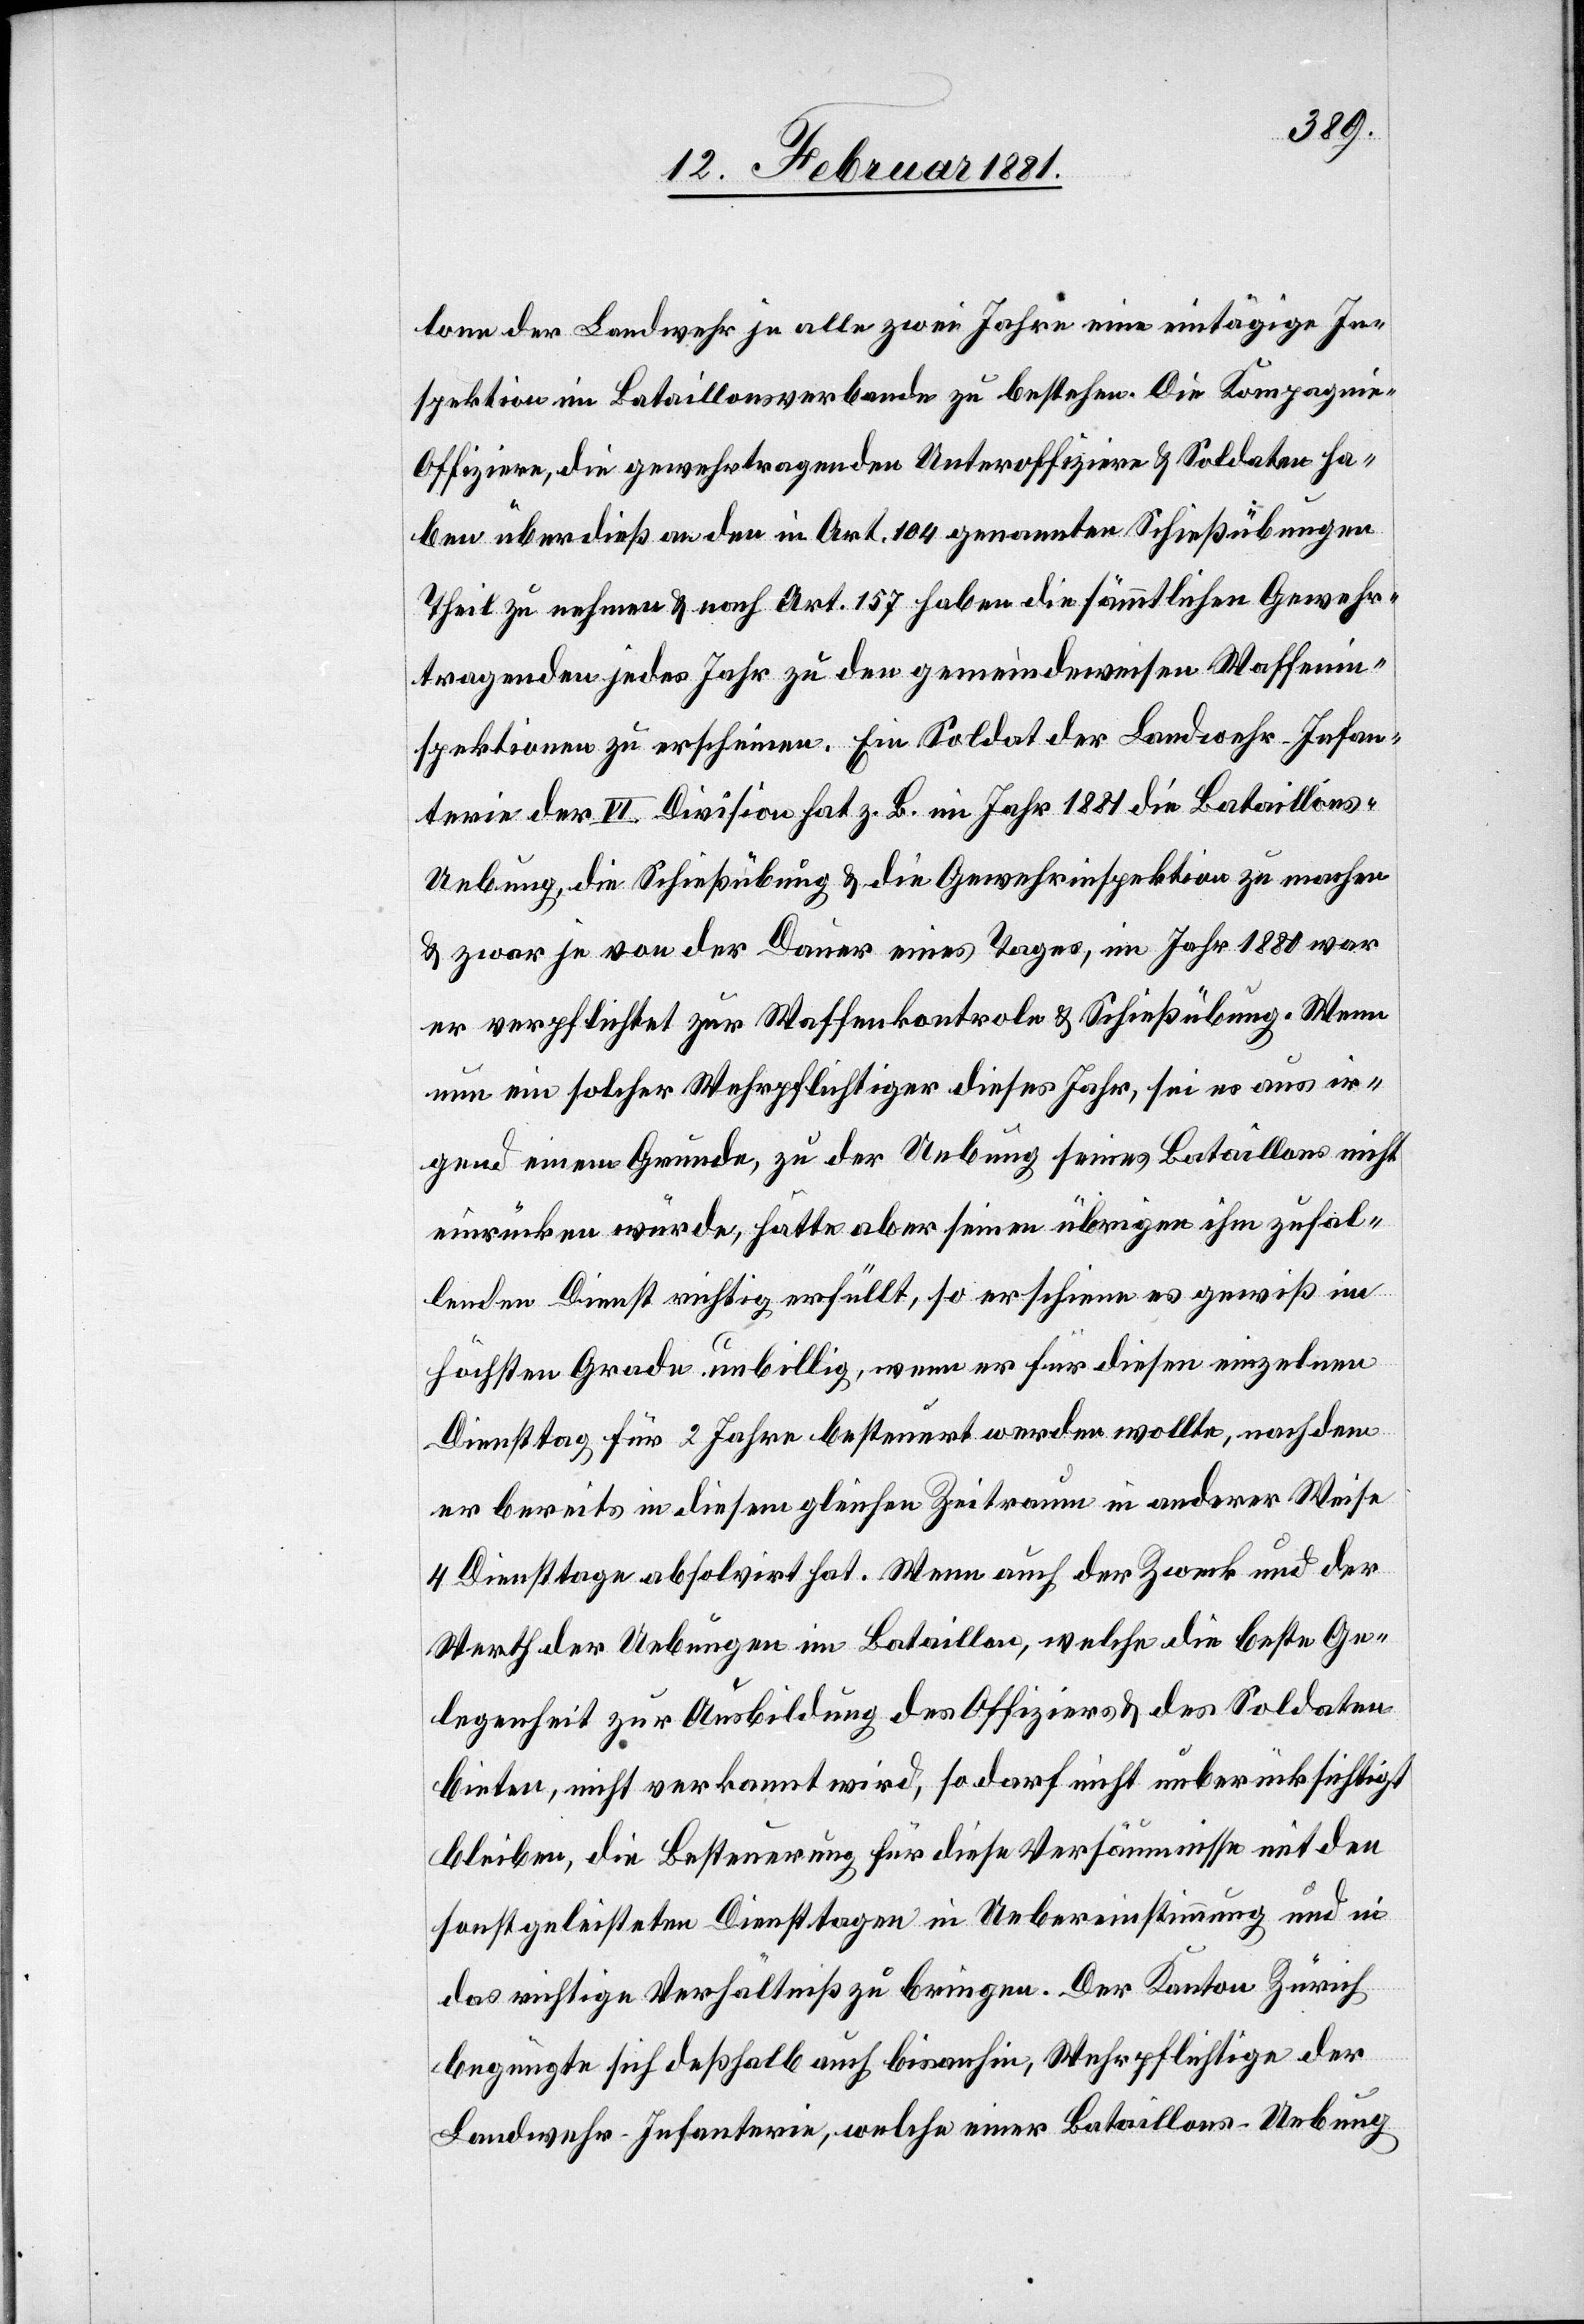
lone der Landwehr je alle zwei Jahre eine eintägige In¬
spektion im Bataillonsverbande zu bestehen. Die Kompani¬
e-Offiziere, die gewehrtragenden Unteroffiziere & Soldaten ha¬
ben überdieß an den in Art. 104 genannten Schießübungen
Theil zu nehmen & nach Art. 157 haben die sämmtlichen Gewehr¬
tragenden jedes Jahr zu den gemeindeweisen Waffenin¬
spektionen zu erscheinen. Ein Soldat der Landwehr Infan¬
terie der VI. Division hat z. B. im Jahr 1881 die Bataillons-U¬
ebung, die Schießübung & die Gewehrinspektion zu machen
& zwar je von der Dauer eines Tages, im Jahr 1880 war
er verpflichtet zur Waffenkontrole & Schießübung. Wenn
nun ein solcher Wehrpflichtiger dieses Jahr, sei es aus ir¬
gend einem Grunde, zu der Uebung seines Bataillons nicht
einrücken würde, hätte aber seinen übrigen ihm zufal¬
lenden Dienst richtig erfüllt, so erschiene es gewiß im
höchsten Grade unbillig, wenn er für diesen einzelnen
Diensttag für 2 Jahre besteuert werden wollte, nachdem
er bereits in diesem gleichen Zeitraum in anderer Weise
4 Diensttage absolvirt hat. Wenn auch der Zweck und der
Werth der Uebungen im Bataillon, welche die beste Ge¬
legenheit zur Ausbildung des Offiziers & des Soldaten
bieten, nicht verkannt wird, so darf nicht unberücksichtigt
bleiben, die Besteuerung für diese Versäumnisse mit den
sonst geleisteten Diensttagen in Uebereinstimmung und in
das richtige Verhältniß z bringen. Der Kanton Zürich
begnügte sich deßhalb auch bisanhin, Wehrpflichtige der
Landwehr-Infanterie, welche einer Bataillons-Uebung